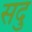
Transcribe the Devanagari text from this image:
सदु